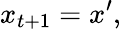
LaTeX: x_{t+1}=x^{\prime},